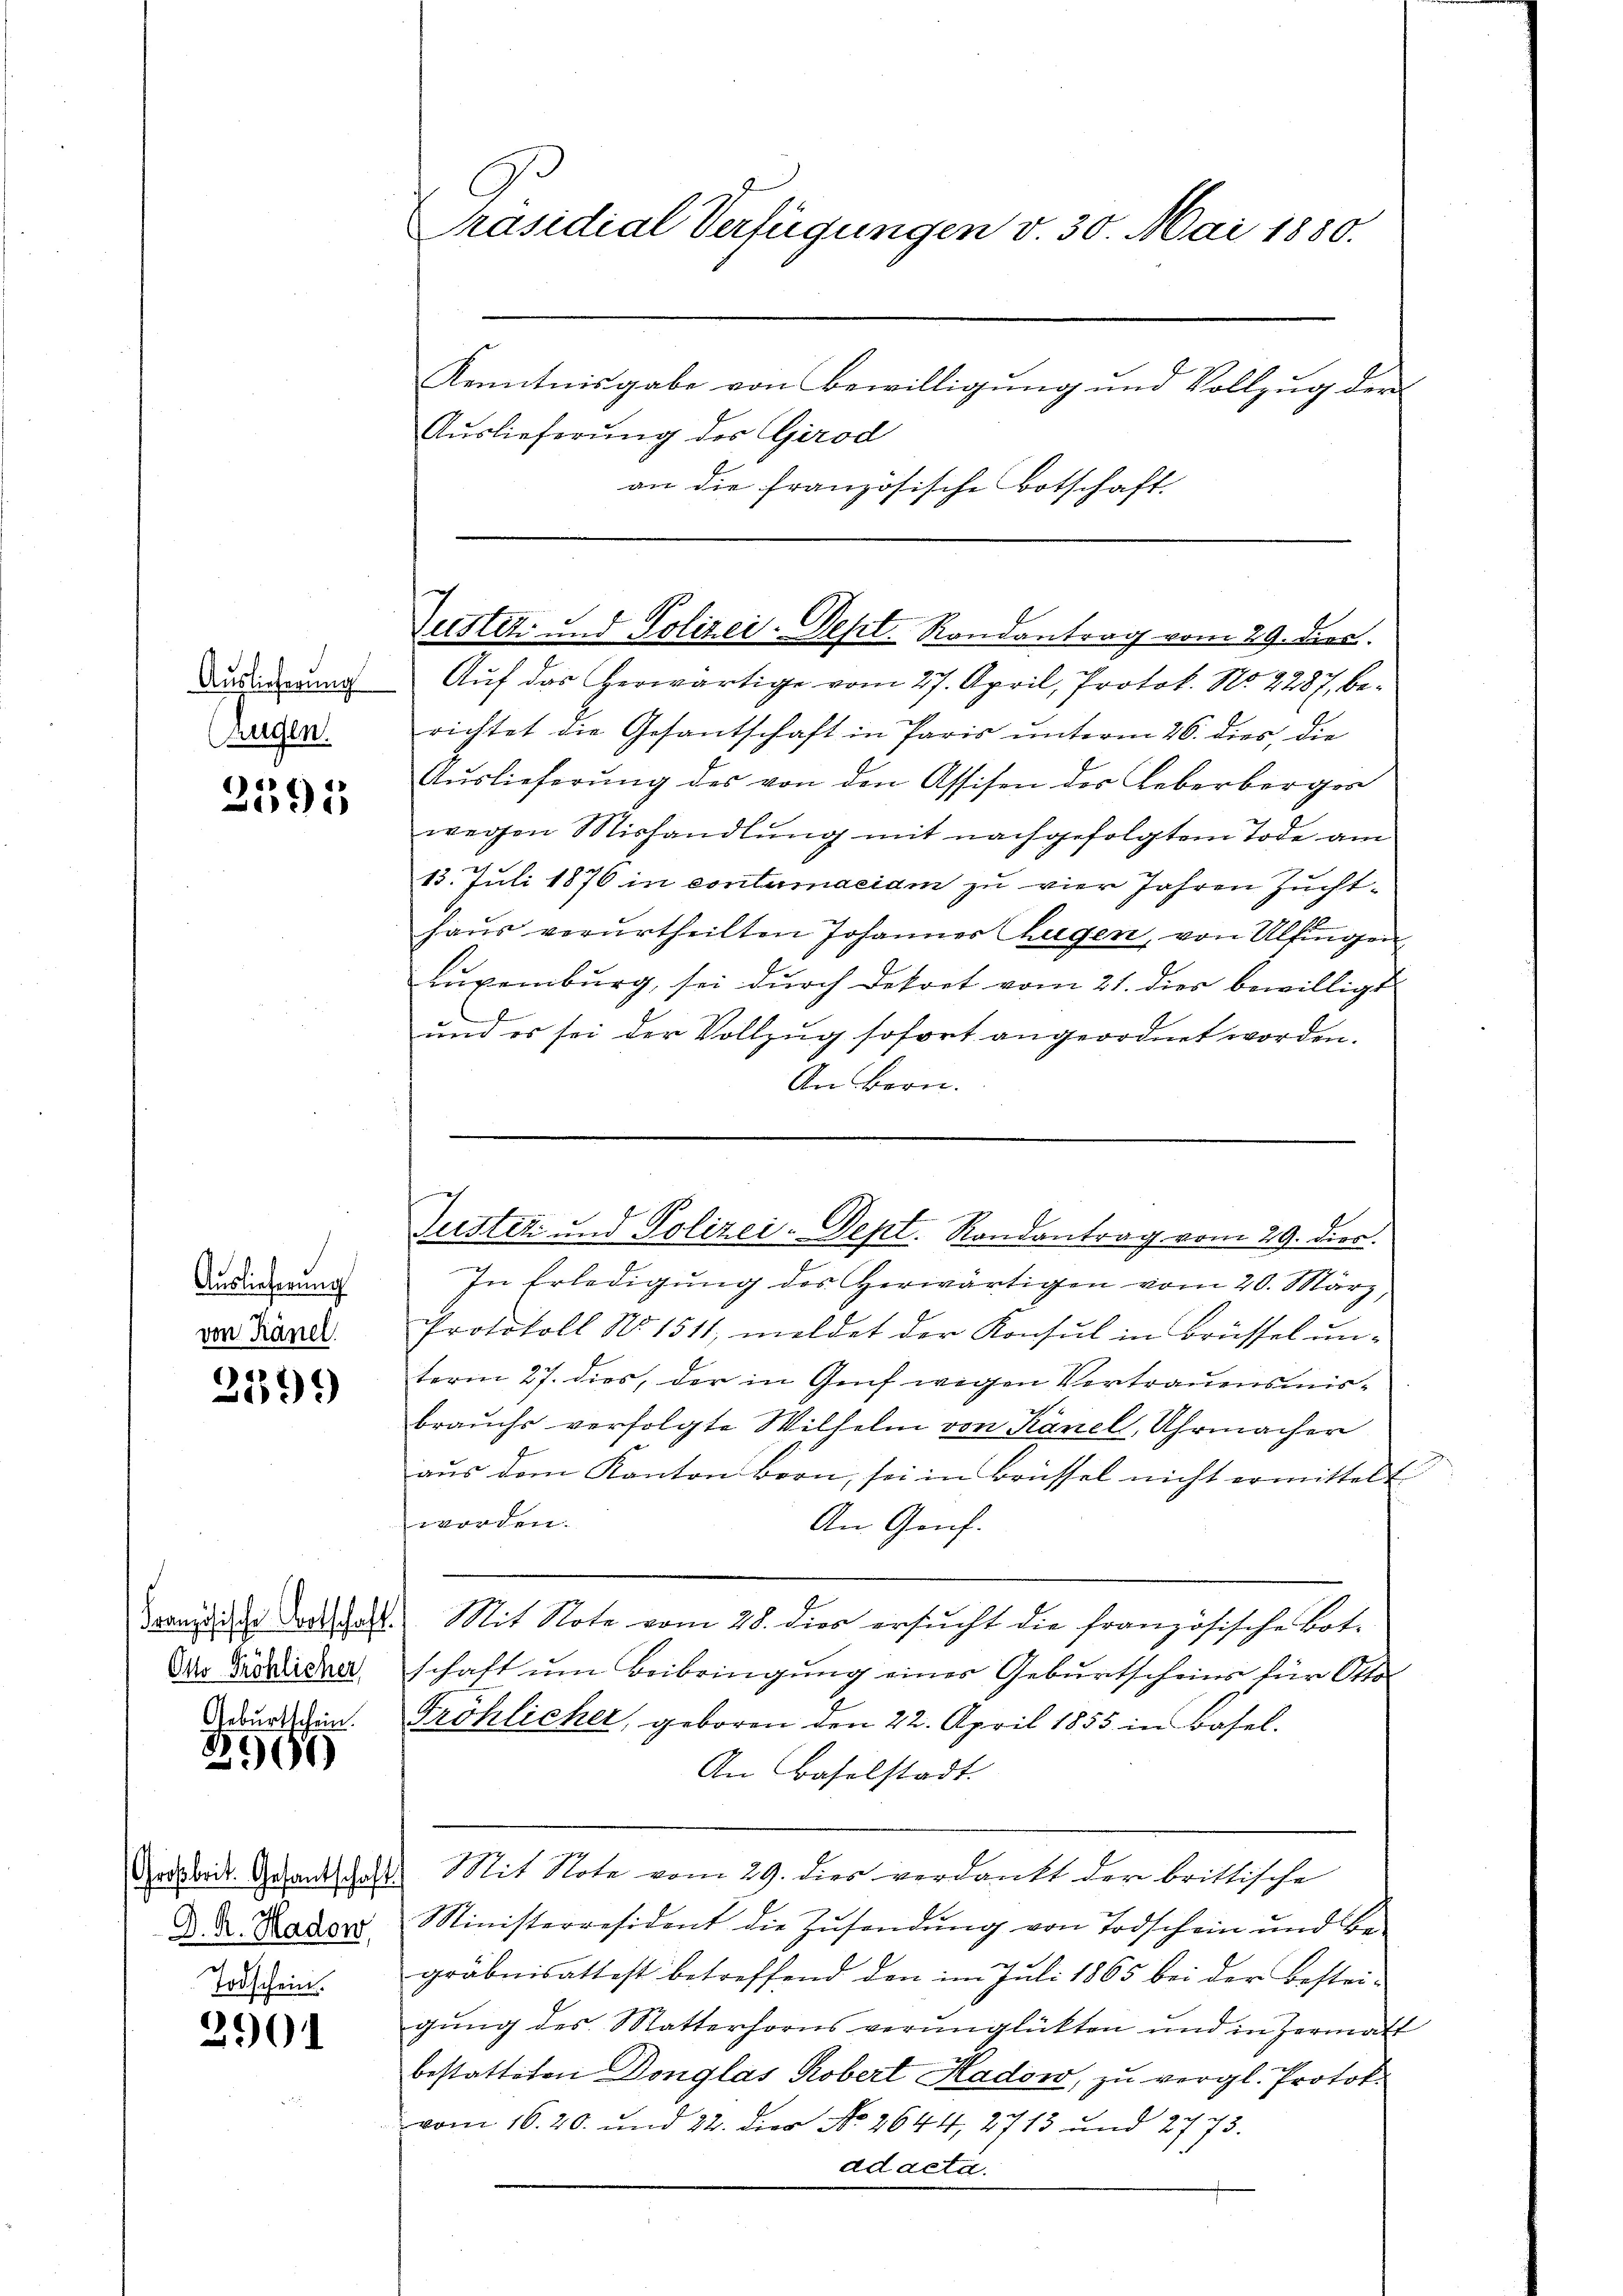
Auslieferung
Augen.

2395

Auslieferung
von Känel.

6
39)

Französische Fortschaft.
Otto Pröhlicher
Geburtschein.

2901)

Großbrit. Gesantschaft
D. R. Hadow,
Todschein.

2901

Präsidial-Verfügungen v. 30. Mai 1880.
Kenntnisgabe von Bewilligung und Vollzug der
Auslieferung des Girod
an die französische Botschaft.

Justitz und Polizei-Dept. Rondantrag vom 29. dies

Justiz und Polizei-Sept. Randantrag vom 29. dies.

Auf das herwärtige vom 27. April, Protok. No. 2287, berichtet die Gesantschaft in Paris unterm 26. dies die
Auslieferŭng des von den Assisen der Leberberges
wegen Mishandlung mit nachgefolgtem Tode am
13. Juli 1876 in contumaciam zu vier Jahren Zuchthaus verurtheilten Johannes Augen, von Ultingen
Luxenburg, sei durch Dekort vom 21. dies bewilligt
und es sei der Vollzug sofort angeordnet worden.
An Bern.
In Erledigung des Herwärtigen vom 20. März,
Protokoll No 1511, meldet der Konsul in Brüssel un-
term 27. dies, der in Genf wegen Vertrauensmisbrauchs verfolgte Wilhelm von Känel, Uhrmacher
aŭs dem Kanton Bron, sei in Brüssel nicht ermittelt
t
An Genf.
Sit Note vom 28. dies ersucht die französische Botschaft um Beibringung eines Geburtscheins für Otto-
Fröhlicher, geboren den 22. April 1855 in Basel.
An Baselstadt.
Mit Note vom 29. dies verdankt der brittische
Ministerresident die Zusendung von Todschein und Be-
gräbnisattest betreffend den im Juli 1865 bei der Bestei-
gung des Matterhorns verunglükten und in Hermatt
bestatteten Donglas Robert Hadow, zu vergl. Protok
vom 16. 20. und 22. die No 2644, 2713 und 2773.
ad acta.